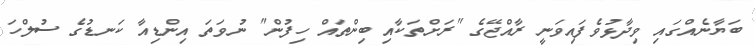
ބަޔާނެއްގައި ވިދާޅުވެފައިވަނީ ރާއްޖޭގެ "ރަށްތަކާއި ބިންތައް ހިފުން" ނުވަތަ އިންޑިއާ ކަނޑުގެ ސުލްހަ